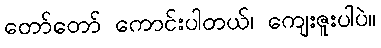
တော်တော် ကောင်းပါတယ်၊ ကျေးဇူးပါပဲ။